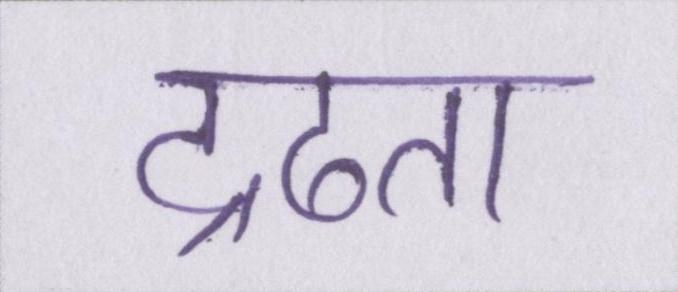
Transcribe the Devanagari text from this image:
द्रढता